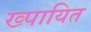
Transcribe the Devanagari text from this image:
ख्पायित